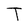
Character: T